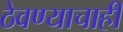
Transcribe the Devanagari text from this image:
ठेवण्याचाही